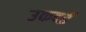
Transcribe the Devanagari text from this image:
उकदई